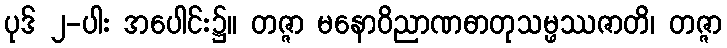
ပုဒ် ၂-ပါး အပေါင်း၌။ တဇ္ဇာ မနောဝိညာဏဓာတုသမ္ဖဿဇာတိ၊ တဇ္ဇာ